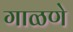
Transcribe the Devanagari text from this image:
गाळणे